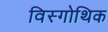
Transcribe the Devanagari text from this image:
विस्गोथिक